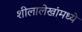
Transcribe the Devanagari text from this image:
शीलालेखांमध्ये